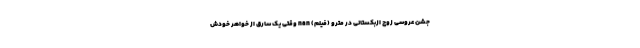
جشن عروسی زوج ازبکستانی در مترو (فیلم) nan وقتی یک سارق از خواهر خودش